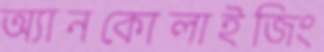
অ্যানকোলাইজিং